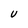
Character: U